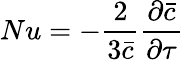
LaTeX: \displaystyle Nu=-\frac{2}{3\bar{c}}\frac{\partial\bar{c}}{\partial\tau}